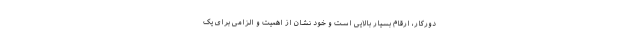
دورکار، ارقام بسیار بالایی است و خود نشان از اهمیت و الزامی برای یک